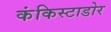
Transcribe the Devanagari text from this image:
कंकिस्टाडोर